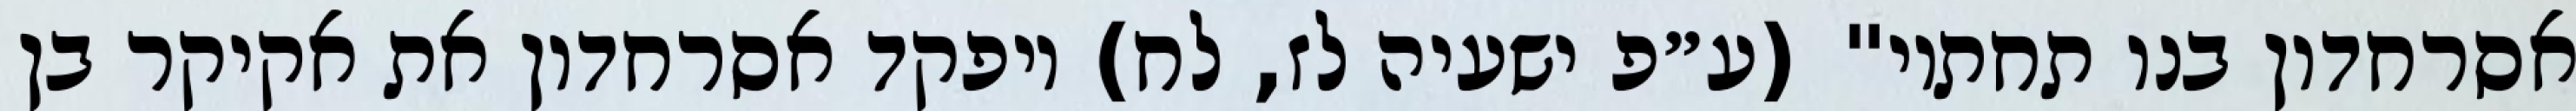
אסרחדון בנו תחתיו" (ע״פ ישעיה לז, לח) ויפקד אסרחדון את אקיקר בן